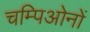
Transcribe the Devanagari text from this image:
चम्पिओनों